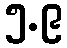
၅.၉